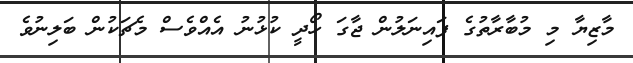
މާޒިޔާ މި މުބާރާތުގެ ފައިނަލުން ޖާގަ ހޯދީ ކުޅުނު އެއްވެސް މެޗަކުން ބަލިނުވެ